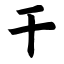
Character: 干